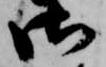
御